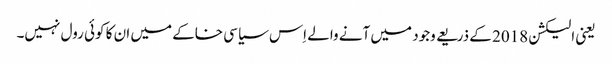
یعنی الیکشن 2018 کے ذریعے وجود میں آنے والے اِس سیاسی خاکے میں ان کا کوئی رول نہیں۔